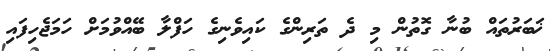
ޚަބަރުތައް ބުނާ ގޮތުން މި ދެ ތަރިންގެ ކައިވެނިގެ ހަފްލާ ބޭއްވުމަށް ހަމަޖެހިފައި